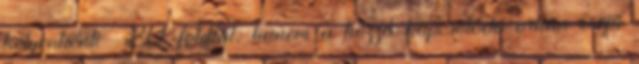
helyenkénti -20 fokkal, hanem a hozzá kapcsolódó orkán erejű